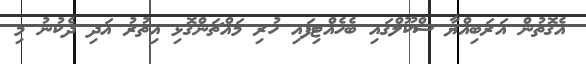
އެގޮތުން އަރަބިއްޔާ ސްކޫލްގައި ބެހެއްޓިފައި ހުރި މައްޗަންގޮޅި އިތުރު އަދި ދެކުނު މި